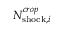
N _ { { \mathrm { s h o c k } } , i } ^ { c r o p }